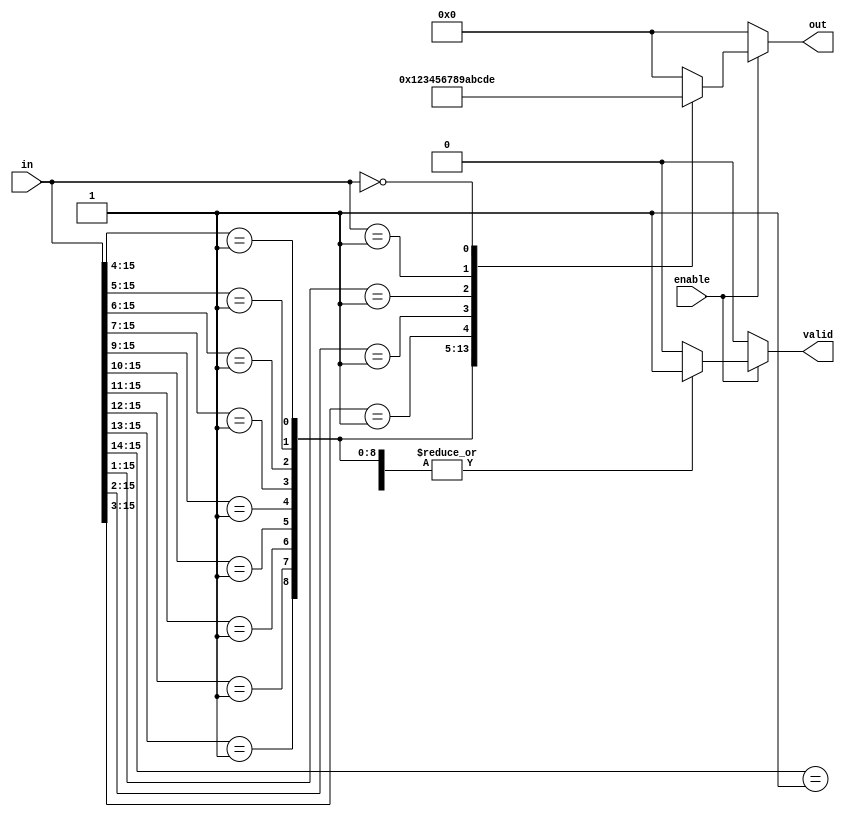
module multilevel_encoder (
    input wire [15:0] in,        // 16 input lines
    input wire enable,           // Enable signal
    output reg [3:0] out,        // 4 output lines
    output reg valid             // Valid output signal
);

// Always block to implement the encoding logic
always @(*) begin
    if (!enable) begin
        // If enable is low, set outputs to defined state
        out = 4'b0000; // Defined state (invalid)
        valid = 1'b0;  // Output not valid
    end else begin
        // Default output
        out = 4'b0000; // Reset output
        valid = 1'b0;  // Assume output is invalid

        // Priority encoding logic
        casez (in)
            16'b1??????????????: begin out = 4'd0; valid = 1'b1; end // Input 0 active
            16'b01?????????????: begin out = 4'd1; valid = 1'b1; end // Input 1 active
            16'b001????????????: begin out = 4'd2; valid = 1'b1; end // Input 2 active
            16'b0001??????????? : begin out = 4'd3; valid = 1'b1; end // Input 3 active
            16'b00001?????????? : begin out = 4'd4; valid = 1'b1; end // Input 4 active
            16'b000001????????? : begin out = 4'd5; valid = 1'b1; end // Input 5 active
            16'b0000001??????? : begin out = 4'd6; valid = 1'b1; end // Input 6 active
            16'b00000001?????? : begin out = 4'd7; valid = 1'b1; end // Input 7 active
            16'b000000001????? : begin out = 4'd8; valid = 1'b1; end // Input 8 active
            16'b0000000001???? : begin out = 4'd9; valid = 1'b1; end // Input 9 active
            16'b00000000001??? : begin out = 4'd10; valid = 1'b1; end // Input 10 active
            16'b000000000001?? : begin out = 4'd11; valid = 1'b1; end // Input 11 active
            16'b0000000000001? : begin out = 4'd12; valid = 1'b1; end // Input 12 active
            16'b00000000000001 : begin out = 4'd13; valid = 1'b1; end // Input 13 active
            16'b00000000000000 : begin out = 4'd14; valid = 1'b1; end // Input 14 active
            16'b00000000000000 : begin out = 4'd15; valid = 1'b1; end // Input 15 active
            default: begin
                out = 4'b0000; // Default case
                valid = 1'b0;  // Output not valid
            end
        endcase
    end
end

endmodule